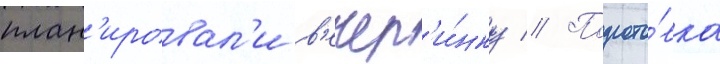
план'ировал'и в'ечер'и́нку // Подгото́вка